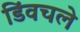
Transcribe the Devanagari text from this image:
डिंवचले